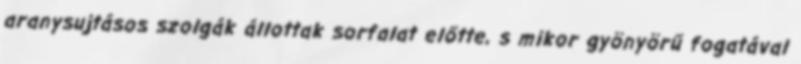
aranysujtásos szolgák állottak sorfalat előtte, s mikor gyönyörű fogatával